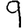
Digit: 9